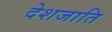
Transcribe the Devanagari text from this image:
देशजाति